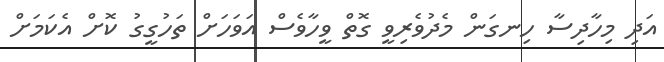
އަދި މިހާދިސާ ހިނގަން މެދުވެރިވީ ގޮތް ވީހާވެސް އަވަހަށް ތަހުގީގު ކޮށް އެކަމަށް